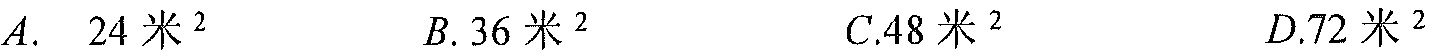
A. \(24\)米\(^{2}\)  B. \(36\)米\(^{2}\)  C.\(48\)米\(^{2}\)  D.\(72\)米\(^{2}\)